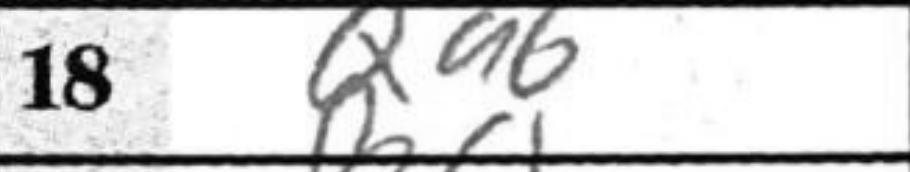
Transcription: Qa6